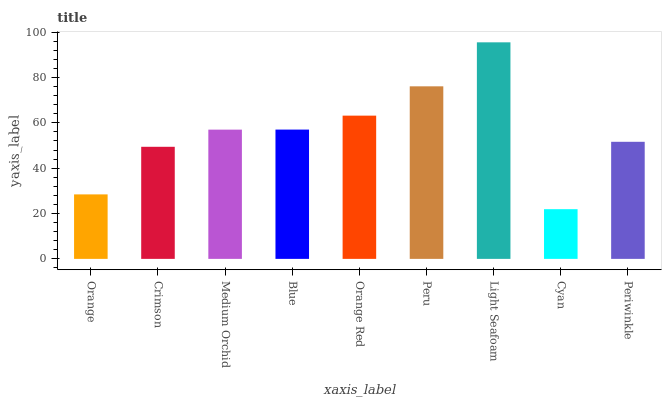
| xaxis_label | bars |
 | --- | --- |
 | Orange | 28.4 |
 | Crimson | 49.4 |
 | Medium Orchid | 57 |
 | Blue | 57 |
 | Orange Red | 63.2 |
 | Peru | 76.1 |
 | Light Seafoam | 95.5 |
 | Cyan | 21.9 |
 | Periwinkle | 51.6 |